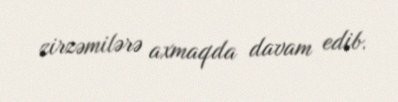
zirzəmilərə axmaqda davam edib.